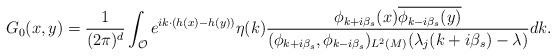
LaTeX: \begin{align*}G_0(x,y)=\frac{1}{(2\pi)^{d}}\int_{\mathcal{O}}e^{ik\cdot (h(x)-h(y))}\eta(k)\frac{\phi_{k+i\beta_s}(x)\overline{\phi_{k-i\beta_s}(y)}}{(\phi_{k+i\beta_s},\phi_{k-i\beta_s})_{L^2(M)}(\lambda_j(k+i\beta_s)-\lambda)}dk.\end{align*}